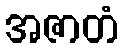
အဇာတံ